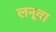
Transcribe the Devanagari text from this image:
लनूवा